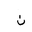
Letter: _non